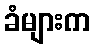
ခံများက